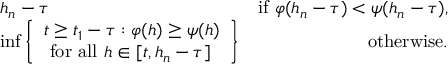
\begin{array} { r l r } & { h _ { n } - \tau } & { \mathrm { i f ~ } \varphi ( h _ { n } - \tau ) < \psi ( h _ { n } - \tau ) , } \\ & { \operatorname* { i n f } \left\{ \begin{array} { l } { t \geq t _ { 1 } - \tau : \varphi ( h ) \geq \psi ( h ) } \\ { \mathrm { ~ f o r ~ a l l ~ } h \in [ t , h _ { n } - \tau ] } \end{array} \right\} } & { \mathrm { o t h e r w i s e . } } \end{array}